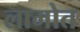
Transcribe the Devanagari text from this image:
लामोत